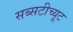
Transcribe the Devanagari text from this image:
सब्सटीच्यूट